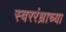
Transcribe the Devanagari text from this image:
स्वररंध्राच्या